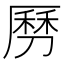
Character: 𠟄